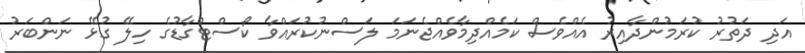
އަދި ދަތުރު ކުރަމުންދާއިރު އެއްވެސް ކަމެއްދިމާވެއްޖެނަމަ ލަސްނުކުރައްވާ ކޯސްޓްގާޑުގެ ހިލޭ ގުޅޭ ނަންބަރު